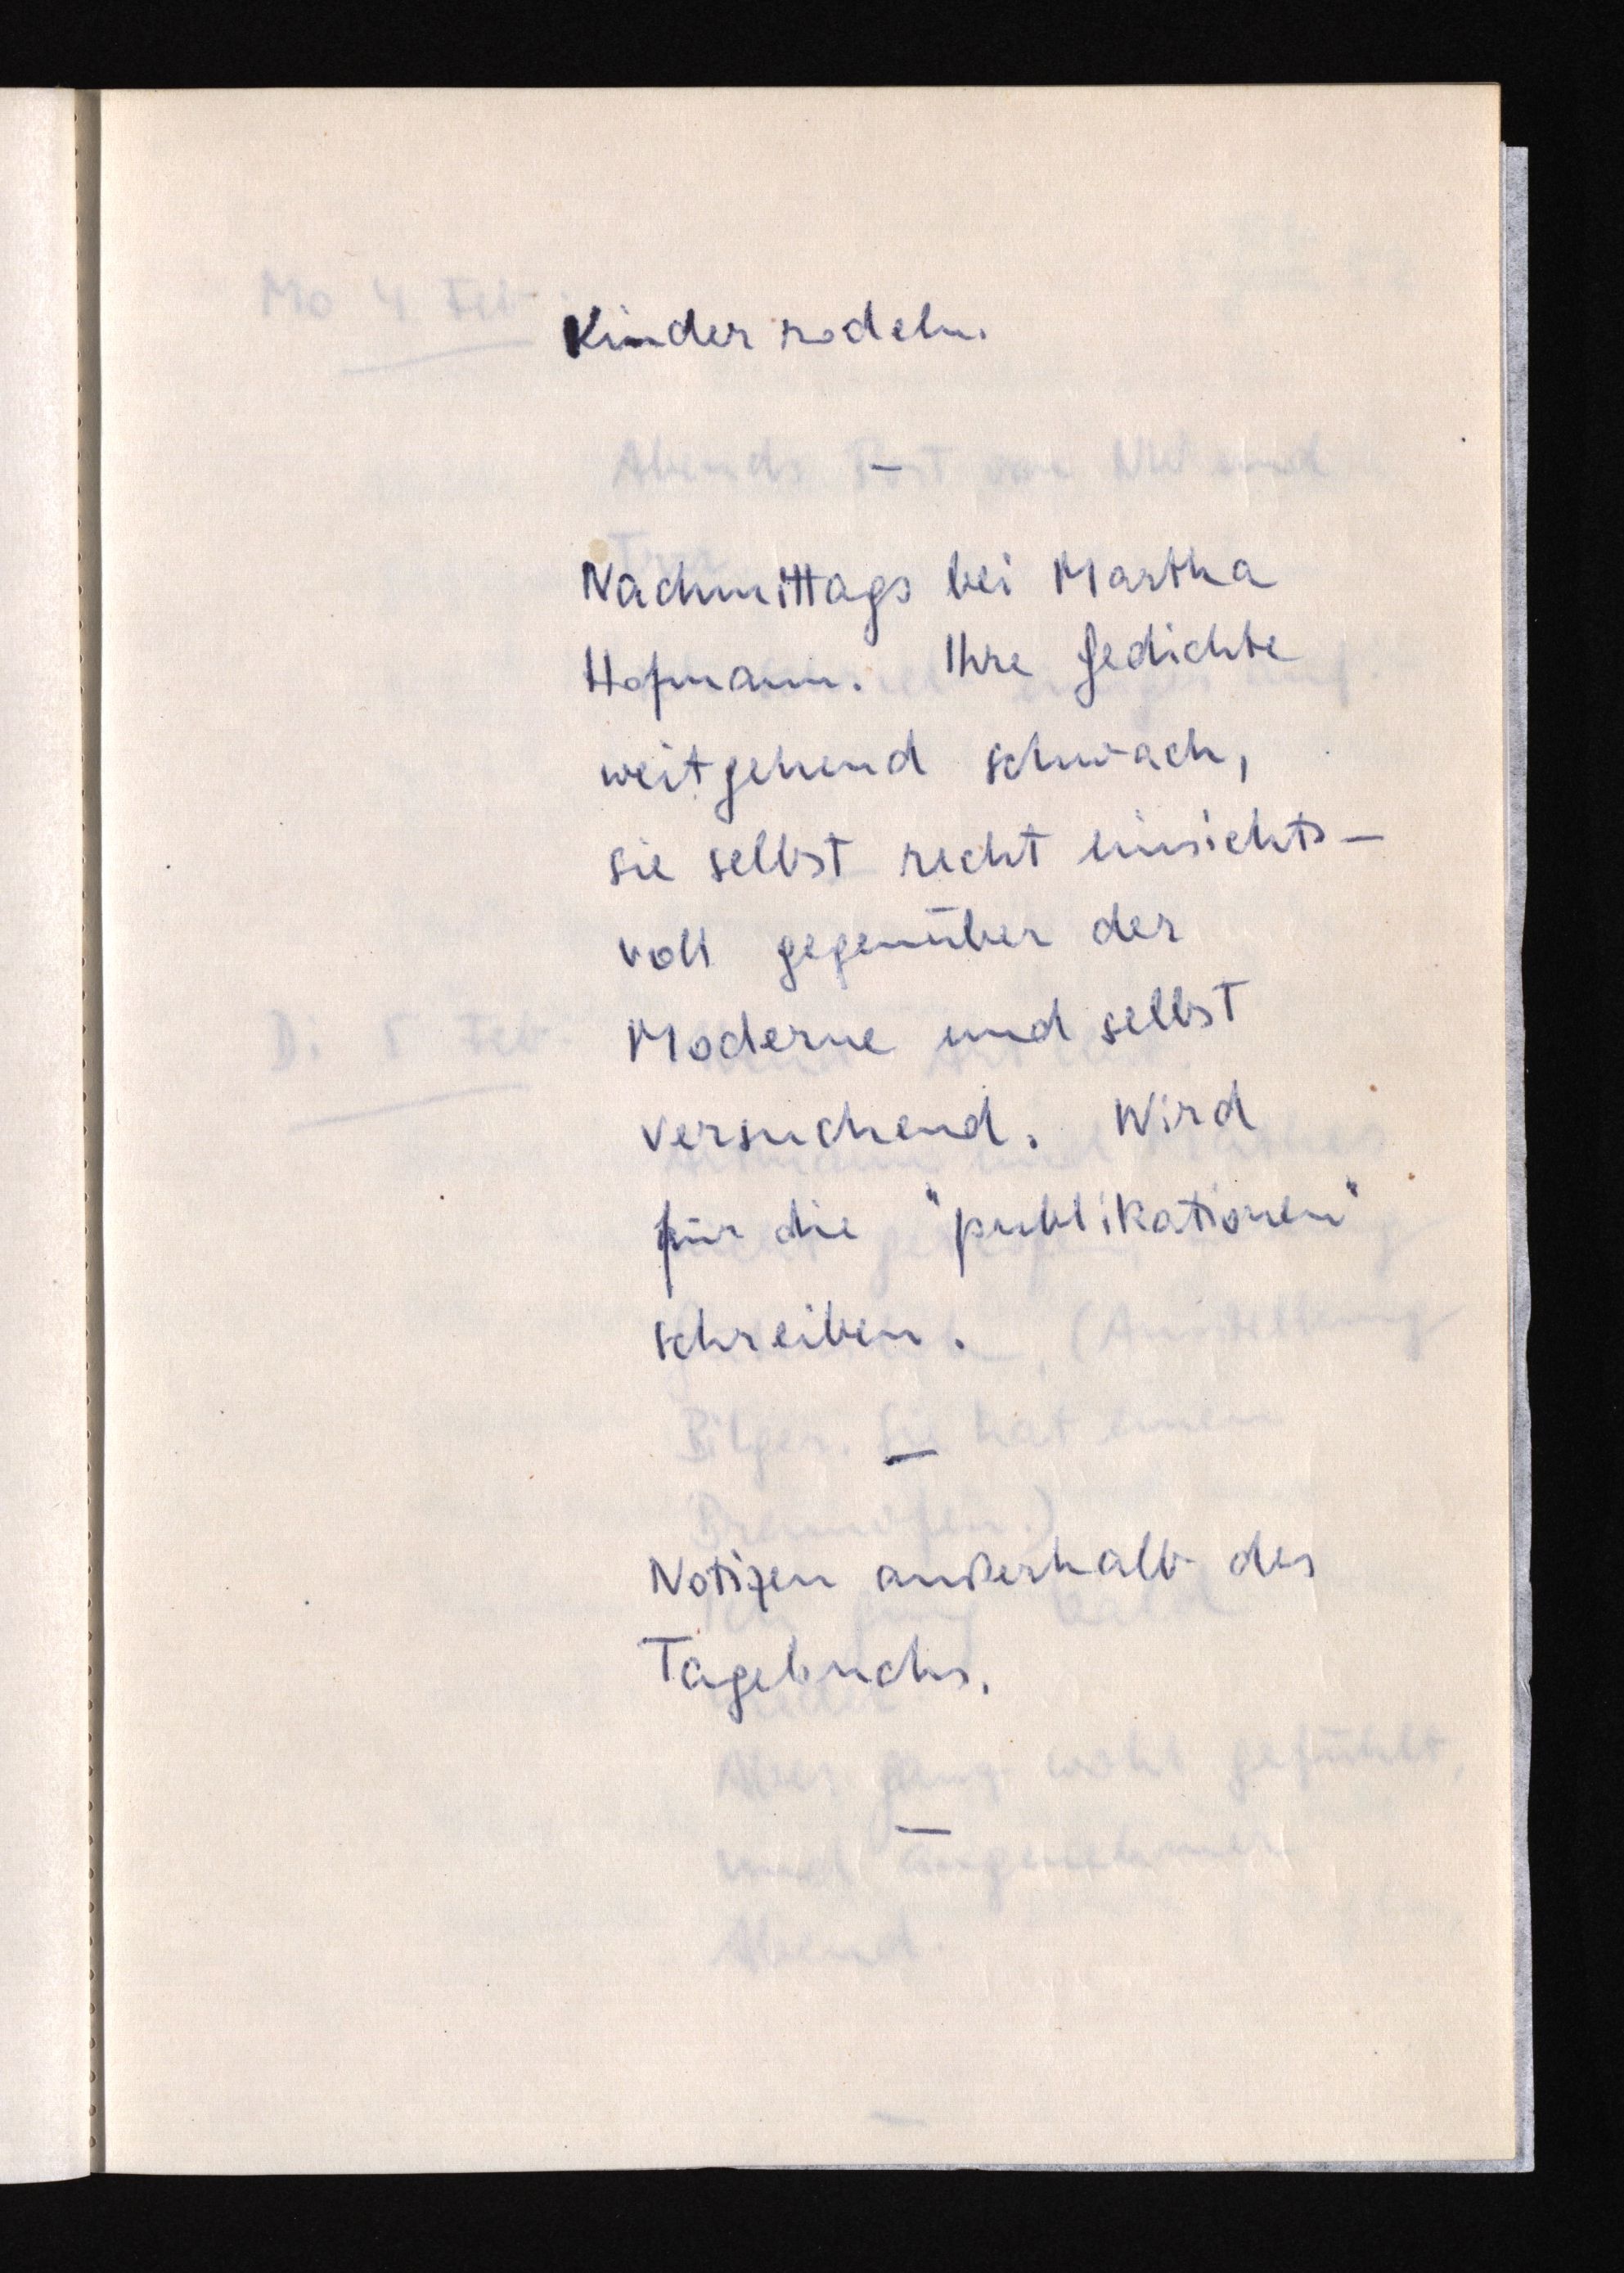
Kinder rodeln.
Nachmittags bei Martha
Hofmann. Ihre Gedichte
weitgehend schwach,
sie selbst recht einsichts¬
voll gegenüber der
Moderne und selbst
versuchend. Wird
für die "publikationen"
schreiben.
Notizen außerhalb des
Tagebuchs.